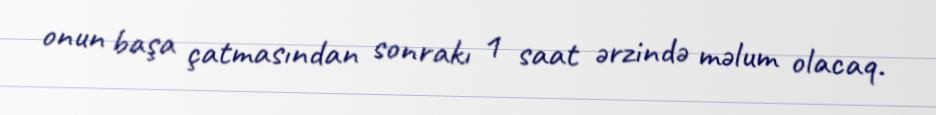
onun başa çatmasından sonrakı 1 saat ərzində məlum olacaq.